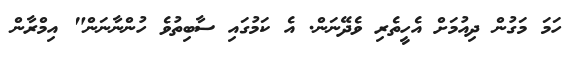
ހަމަ މަގުން ދިއުމަށް އެހީތެރި ވެދޭނަން. އެ ކަމުގައި ސާބިތުވެ ހުންނާނަން" އިމްރާން